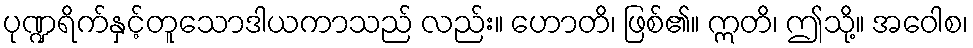
ပုဏ္ဍရိက်နှင့်တူသောဒါယကာသည် လည်း။ ဟောတိ၊ ဖြစ်၏။ ဣတိ၊ ဤသို့။ အဝေါစ၊